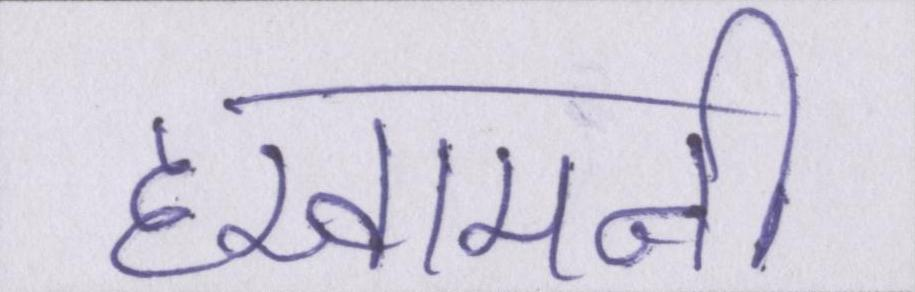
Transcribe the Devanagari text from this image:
हखामनी